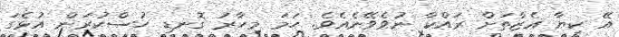
އޭ ކިޔާ އެޒާތަށް ރައްކާ ނުވެވޭނެއެވެ. ހަމަ މިހާރު ގޮނޑި ހުސްކުރަން އުޅެގަ